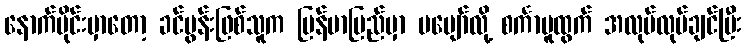
နောက်ပိုင်းမှာတော့ ခင်ပွန်းဖြစ်သူက မြန်မာပြည်မှာ မပျော်လို့ စင်္ကာပူထွက် အလုပ်လုပ်ချင်ပြီး